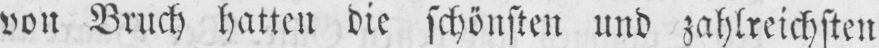
von Bruch hatten die schönsten und zahlreichsten